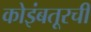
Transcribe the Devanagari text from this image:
कोइंबतूरची